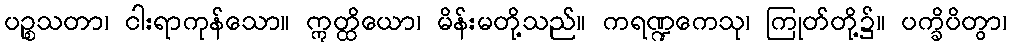
ပဉ္စသတာ၊ ငါးရာကုန်သော။ ဣတ္ထိယော၊ မိန်းမတို့သည်။ ကရဏ္ဍကေသု၊ ကြုတ်တို့၌။ ပက္ခိပိတွာ၊